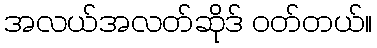
အလယ်အလတ်ဆိုဒ် ဝတ်တယ်။